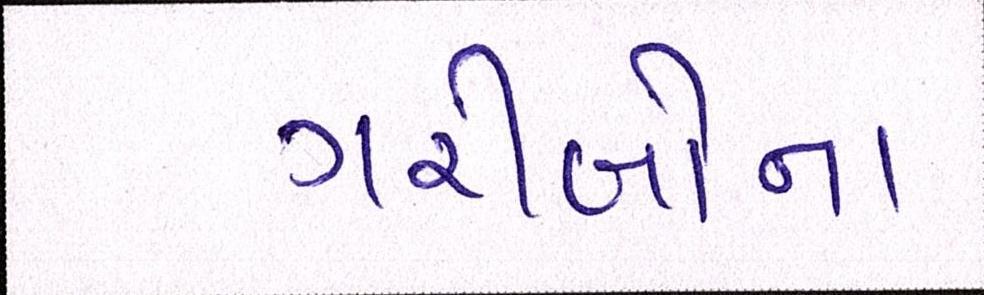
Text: ગરીબોના